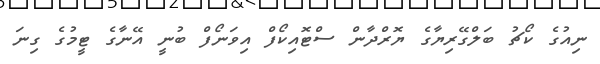
ނިއުގެ ކޯޗު ބަލްގޭރިޔާގެ ޔޮރްދާން ސްޓޮއިކޯފް އިވަނޯފް ބުނީ އޭނާގެ ޓީމުގެ ގިނަ